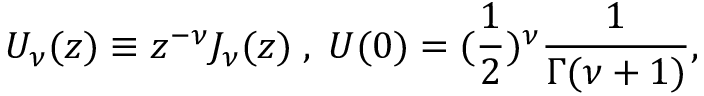
U _ { \nu } ( z ) \equiv z ^ { - \nu } J _ { \nu } ( z ) \; , \; U ( 0 ) = ( \frac { 1 } { 2 } ) ^ { \nu } \frac { 1 } { \Gamma ( \nu + 1 ) } ,